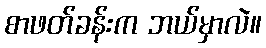
စာဖတ်ခန်းက ဘယ်မှာလဲ။